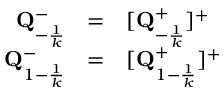
\begin{array} { r c l } { { { \bf { Q } } _ { - { \frac { 1 } { k } } } ^ { - } } } & { { = } } & { { [ { \bf { Q } } _ { - { \frac { 1 } { k } } } ^ { + } ] ^ { + } } } \\ { { { \bf { Q } } _ { 1 - { \frac { 1 } { k } } } ^ { - } } } & { { = } } & { { [ { \bf { Q } } _ { 1 - { \frac { 1 } { k } } } ^ { + } ] ^ { + } } } \end{array}